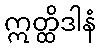
ဣတ္ထိဒါနံ